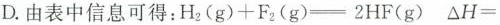
D.由表中信息可得：$$H _ { 2 } ( g ) + F _ { 2 } ( g ) = 2 H F ( g )$$ $$△ H =